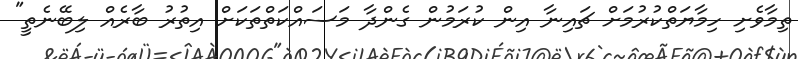
ތިމާވެށި ހިމާޔަތްކުރުމަށް ޗައިނާ އިން ކުރަމުން ގެންދާ މަސައްކަތްތަކަށް އިތުރު ބާރެއް ލިބޭނެތީ"